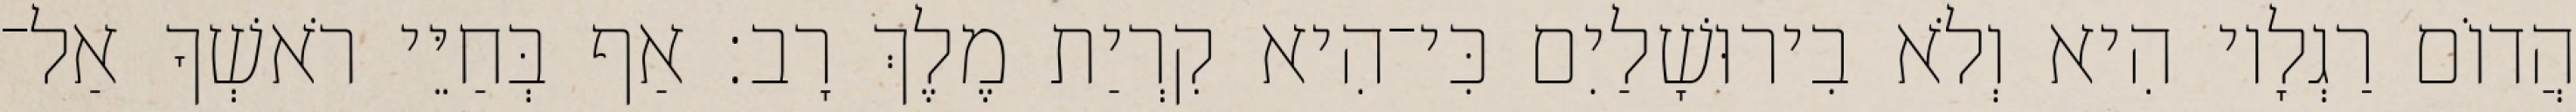
הֲדוֹם רַגְלָיו הִיא וְלֹא בִירוּשָׁלַיִם כִּי־הִיא קִרְיַת מֶלֶךְ רָב׃ אַף בְּחַיֵּי רֹאשְׁךָ אַל־